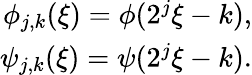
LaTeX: \begin{array}{r}{\phi_{j,k}(\xi)=\phi(2^{j}\xi-k),}\\ {\psi_{j,k}(\xi)=\psi(2^{j}\xi-k).}\end{array}